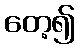
တေ့၍